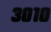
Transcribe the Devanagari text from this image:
३०१०